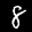
Label: 8